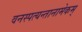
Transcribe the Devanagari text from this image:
वनस्पत्यन्तानामेकम्